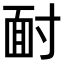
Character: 𩈃